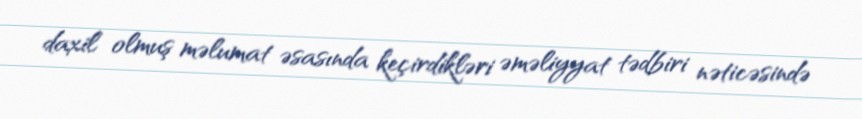
daxil olmuş məlumat əsasında keçirdikləri əməliyyat tədbiri nəticəsində